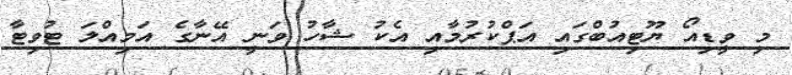
މި ވީޑިއޯ ޔޫޓިއުބްގައި އަޕްކުރުމާއި އެކު ޝާހު ވަނީ އޭނާގެ އަމިއްލަ ޓުވިޓާ